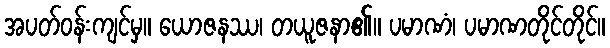
အပတ်ဝန်းကျင်မှ။ ယောဇနဿ၊ တယူဇနာ၏။ ပမာဏံ၊ ပမာဏတိုင်တိုင်။